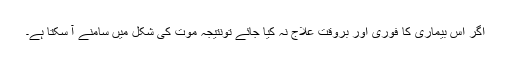
اگر اس بیماری کا فوری اور بروقت علاج نہ کیا جائے تونتیجہ موت کی شکل میں سامنے آ سکتا ہے۔